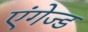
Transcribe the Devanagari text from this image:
एंगेज्ड